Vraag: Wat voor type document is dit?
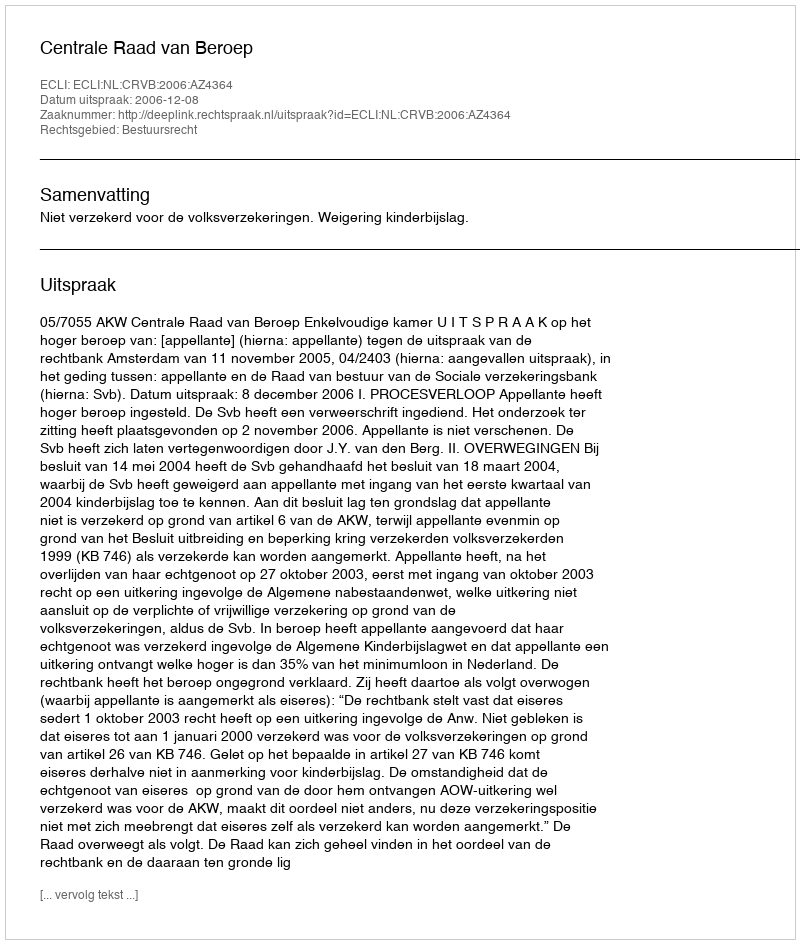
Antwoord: Uitspraak